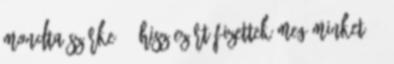
mondta Szürke. – Hisz ezért fizettek meg minket. -